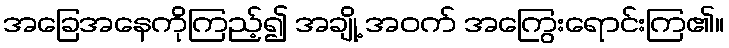
အခြေအနေကိုကြည့်၍ အချို့ အဝက် အကြွေးရောင်းကြ၏။